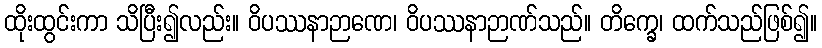
ထိုးထွင်းကာ သိပြီး၍လည်း။ ဝိပဿနာဉာဏေ၊ ဝိပဿနာဉာဏ်သည်။ တိက္ခေ၊ ထက်သည်ဖြစ်၍။